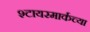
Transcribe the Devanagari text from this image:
श्टायरमार्कच्या